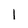
Character: 1